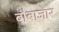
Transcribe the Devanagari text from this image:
बौबाजार